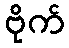
ဗိုက်